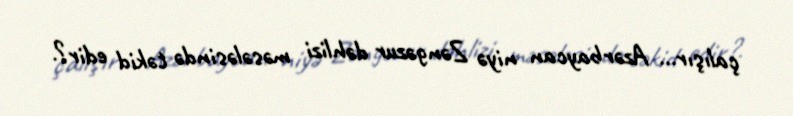
çalışır... Azərbaycan niyə Zəngəzur dəhlizi məsələsində təkid edir?.